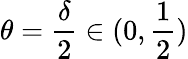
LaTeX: \theta=\frac{\delta}{2}\in(0,\frac{1}{2})